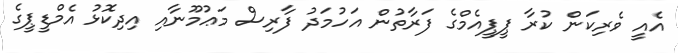
އެއީ ވެރިކަން ކުރާ ޕީޕީއެމްގެ ފަރާތުން އަހުމަދު ފާރިިސް މަޢުމޫނާއި އިދިކޮޅު އެމްޑީޕީގެ